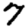
Digit: 7